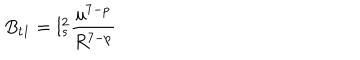
B _ { t 1 } = l _ { s } ^ { 2 } \frac { u ^ { 7 - p } } { R ^ { 7 - p } }